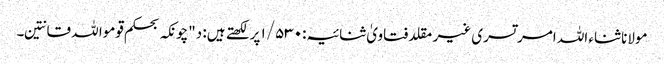
مولانا ثناء اللہ امرتسری غیر مقلد فتاویٰ ثنائیہ:۱/۵۳۰ پر لکھتے ہیں: د"چونکہ بحکم قوموا للہ قانتین۔